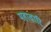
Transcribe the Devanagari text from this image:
महावारि